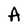
Character: A